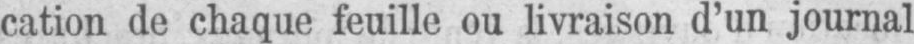
cation de chaque feuille ou livraison d’un journal